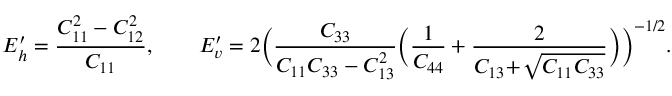
E _ { h } ^ { \prime } = \frac { C _ { 1 1 } ^ { 2 } - C _ { 1 2 } ^ { 2 } } { C _ { 1 1 } } , \qquad E _ { v } ^ { \prime } = 2 \biggl ( \frac { C _ { 3 3 } } { C _ { 1 1 } C _ { 3 3 } - C _ { 1 3 } ^ { 2 } } \Bigl ( \frac { 1 } { C _ { 4 4 } } + \frac { 2 } { C _ { 1 3 } \! + \! \sqrt { C _ { 1 1 } C _ { 3 3 } } } \Bigr ) \biggr ) ^ { - 1 / 2 } .